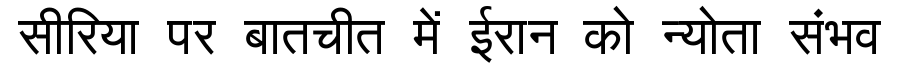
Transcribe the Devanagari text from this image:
सीरिया पर बातचीत में ईरान को न्योता संभव